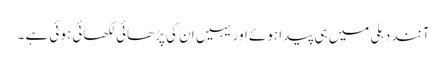
آنند دہلی میں ہی پیدا ہوئے اور یہیں ان کی پڑھائی لکھائی ہوئی ہے ۔